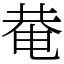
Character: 𤲅